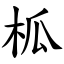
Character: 柧